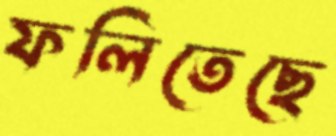
ফলিতেছে